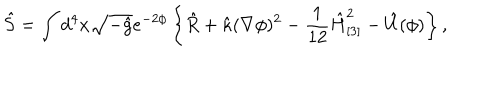
\hat { S } = \int d ^ { 4 } x \sqrt { - \hat { g } } e ^ { - 2 \phi } \left\{ \hat { R } + \hat { \kappa } ( \nabla \phi ) ^ { 2 } - \frac 1 { 1 2 } \hat { H } _ { [ 3 ] } ^ { 2 } - \hat { U } ( \phi ) \right\} ,